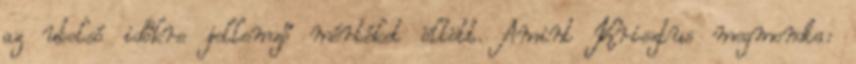
az utolsó időkre jellemző mértéket öltött. Amint Krisztus megmondta: